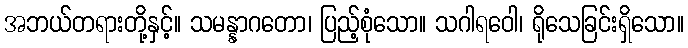
အဘယ်တရားတို့နှင့်။ သမန္နာဂတော၊ ပြည့်စုံသော။ သဂါရဝေါ၊ ရိုသေခြင်းရှိသော။